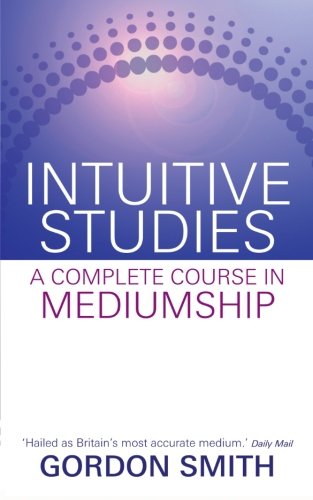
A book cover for Intuitive Studies: A Complete Course in Mediumship; Gordon Smith; Religion & Spirituality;